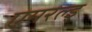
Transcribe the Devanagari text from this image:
एमरल्ड्